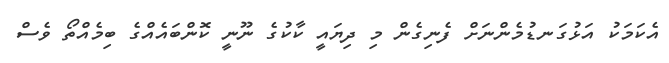
އެކަމަކު އަޅުގަނޑުމެންނަށް ފެނިގެން މި ދިޔައީ ކާކުގެ ނޫނީ ކޮންބައެއްގެ ބިމެއްތޯ ވެސް